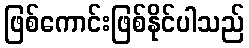
ဖြစ်ကောင်းဖြစ်နိုင်ပါသည်